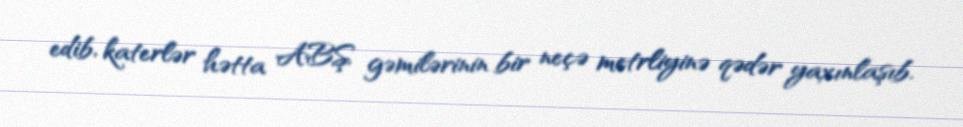
edib, katerlər hətta ABŞ gəmilərinin bir neçə metrliyinə qədər yaxınlaşıb.